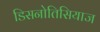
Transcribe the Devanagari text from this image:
डिसनोतिसियाज